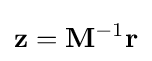
\mathbf {z} =\mathbf {M} ^{-1}\mathbf {r}